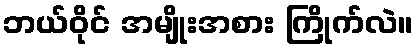
ဘယ်ဝိုင် အမျိုးအစား ကြိုက်လဲ။